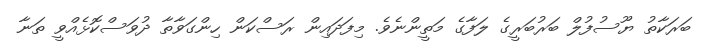
ބަރަކާތު ޔޫސުފުލް ބަރުބަރީގެ ލަފާގެ މަތީންނެވެ. މިފަދައިން ރަސްކަން ހިންގަވާތާ ދުވަސްކޮޅެއްވީ ތަނާ